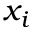
x _ { i }